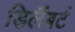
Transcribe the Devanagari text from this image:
डिलैंबर्ट